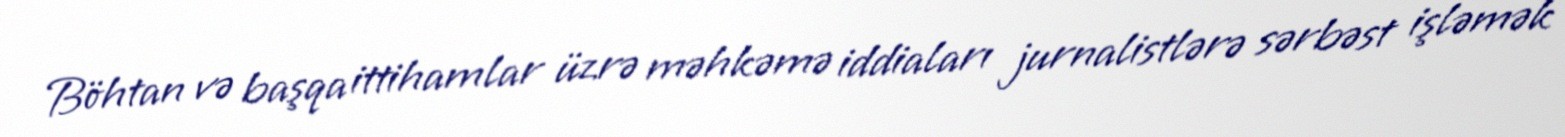
Böhtan və başqa ittihamlar üzrə məhkəmə iddiaları jurnalistlərə sərbəst işləmək